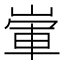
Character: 㟦